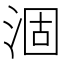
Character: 涸